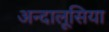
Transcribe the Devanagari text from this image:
अन्दालूसिया